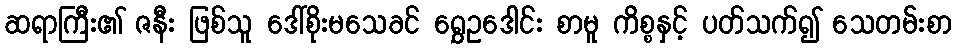
ဆရာကြီး၏ ဇနီး ဖြစ်သူ ဒေါ်စိုးမသေခင် ရွှေဥဒေါင်း စာမူ ကိစ္စနှင့် ပတ်သက်၍ သေတမ်းစာ